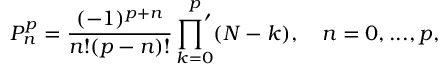
P _ { n } ^ { p } = \frac { ( - 1 ) ^ { p + n } } { n ! ( p - n ) ! } \mathop { { \prod } ^ { \prime } } _ { k = 0 } ^ { p } ( N - k ) , \quad n = 0 , . . . , p ,